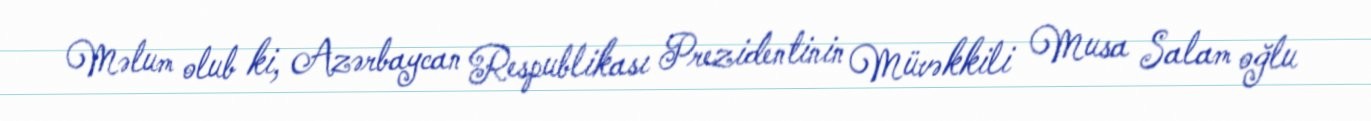
Məlum olub ki, Azərbaycan Respublikası Prezidentinin Müvəkkili Musa Salam oğlu